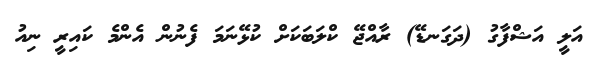
އަލީ އަޝްފާގު (ދަގަނޑޭ) ރާއްޖޭ ކްލަބަކަށް ކުޅޭނަމަ ފެނުން އެންމެ ކައިރީ ނިއު